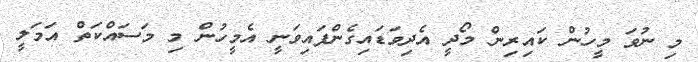
މި ނުވަ މީހުން ކައިރިން މޯދީ އެދިވަޑައިގެންފައިވަނީ އެމީހުން މި މަސައްކަތް އަމަލީ